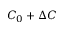
C _ { 0 } + \Delta C